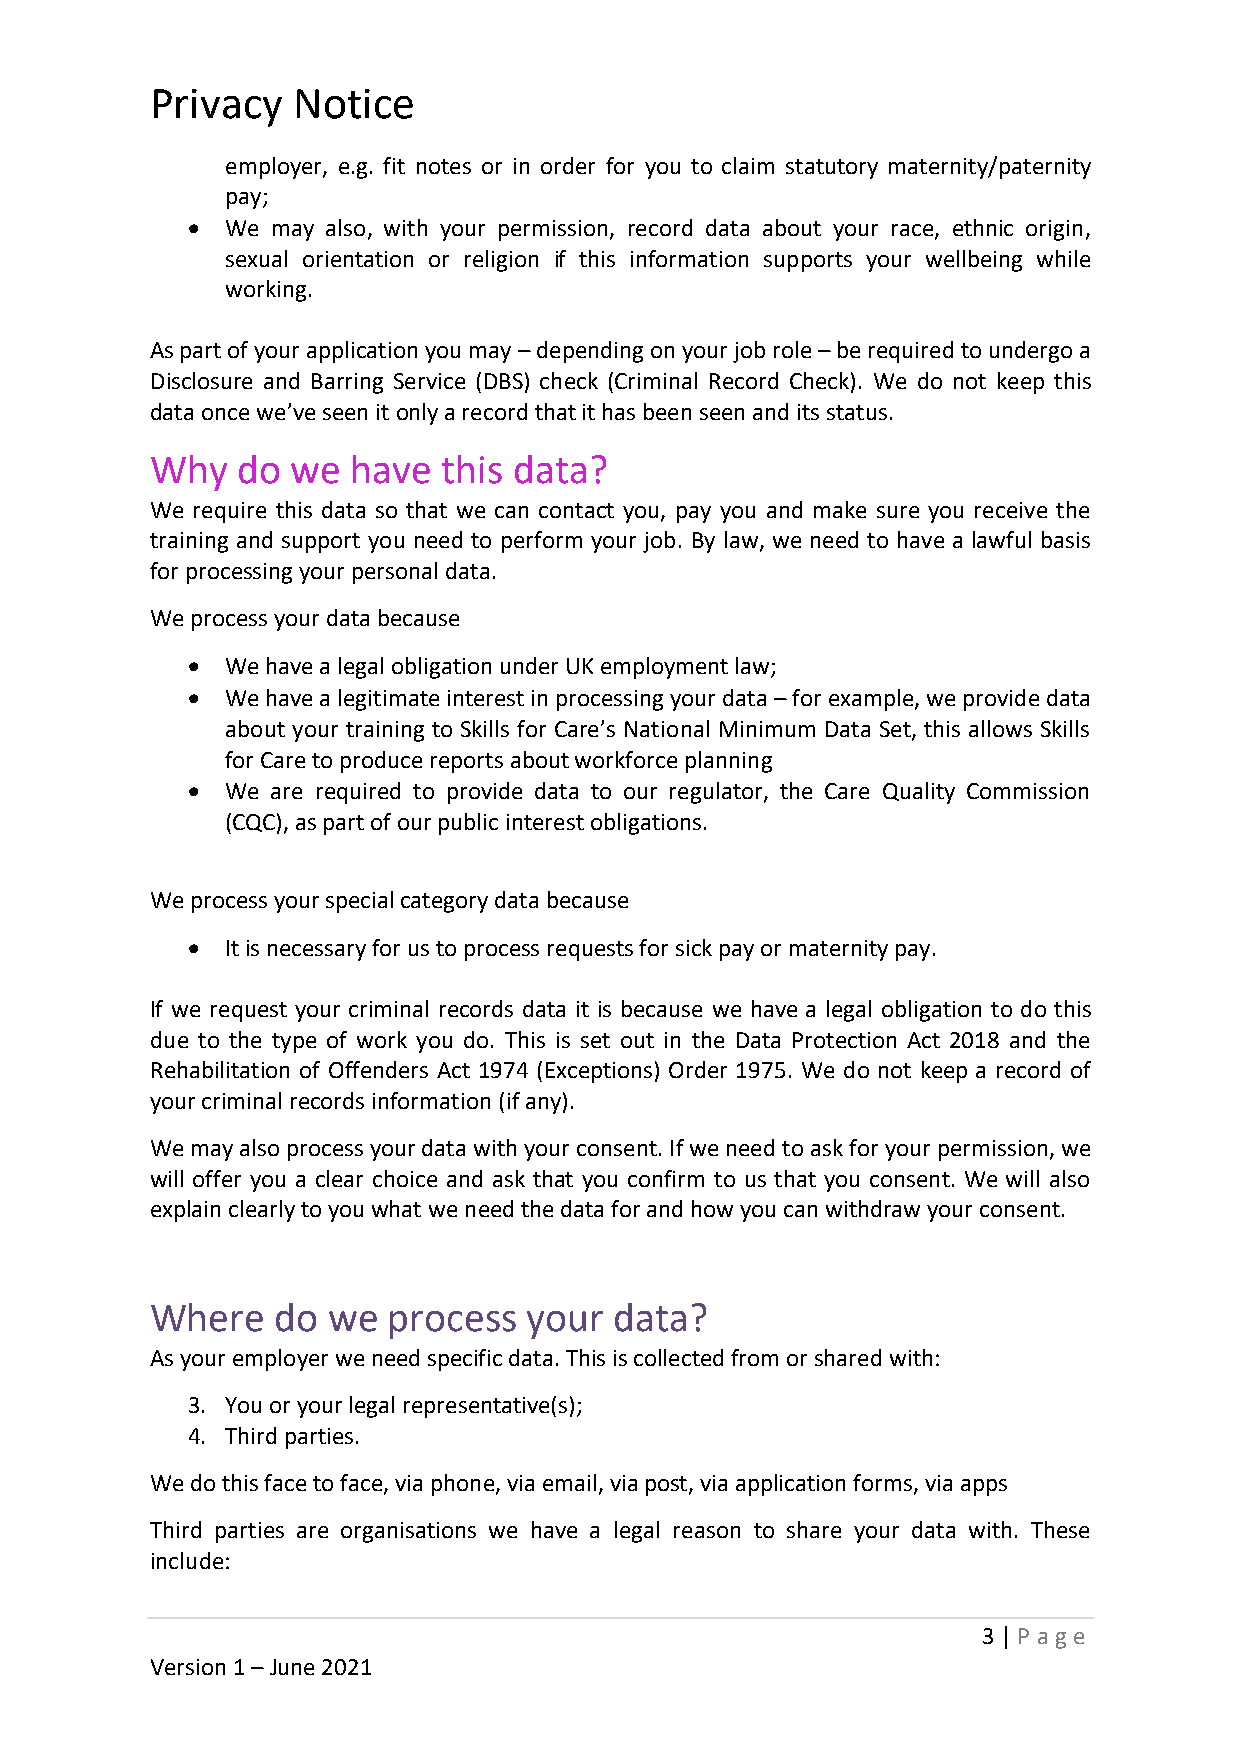
Privacy  Notice
 employer, e.g. fit notes or in order for you to claim statutory maternity/paternity
 pay;
 •  We may also, with your permission, record data about your race, ethnic origin,
 sexual orientation or religion if this information supports your wellbeing while
 working.
 As part of your application you may – depending on your job role – be required to undergo a
 Disclosure and Barring Service (DBS) check (Criminal Record Check). We do not keep this
 data once we’ve seen it only a record that it has been seen and its status.
 Why   do we  have  this data?
 We require this data so that we can contact you, pay you and make sure you receive the
 training and support you need to perform your job. By law, we need to have a lawful basis
 for processing your personal data.
 We process your data because
 •  We have a legal obligation under UK employment law;
 •  We have a legitimate interest in processing your data – for example, we provide data
 about your training to Skills for Care’s National Minimum Data Set, this allows Skills
 for Care to produce reports about workforce planning
 •  We are required to provide data to our regulator, the Care Quality Commission
 (CQC), as part of our public interest obligations.
 We process your special category data because
 •  It is necessary for us to process requests for sick pay or maternity pay.
 If we request your criminal records data it is because we have a legal obligation to do this
 due to the type of work you do. This is set out in the Data Protection Act 2018 and the
 Rehabilitation of Offenders Act 1974 (Exceptions) Order 1975. We do not keep a record of
 your criminal records information (if any).
 We may also process your data with your consent. If we need to ask for your permission, we
 will offer you a clear choice and ask that you confirm to us that you consent. We will also
 explain clearly to you what we need the data for and how you can withdraw your consent.
 Where   do  we  process  your  data?
 As your employer we need specific data. This is collected from or shared with:
 3. You or your legal representative(s);
 4. Third parties.
 We do this face to face, via phone, via email, via post, via application forms, via apps
 Third parties are organisations we have a legal reason to share your data with. These
 include:
 3 | P age
 Version 1 – June 2021